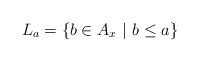
\begin{align*} L_a = \{b\in A_x\ |\ b\le a\}\end{align*}